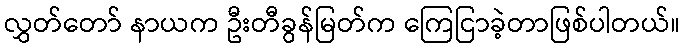
လွှတ်တော် နာယက ဦးတီခွန်မြတ်က ကြေငြာခဲ့တာဖြစ်ပါတယ်။